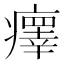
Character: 𤻂